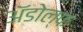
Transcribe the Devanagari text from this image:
ॲडोल्फ